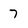
Character: 7